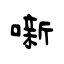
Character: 噺